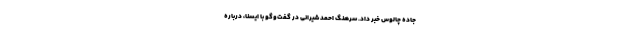
جاده چالوس خبر داد. سرهنگ احمد شیرانی در گفت‌وگو با ایسنا، درباره